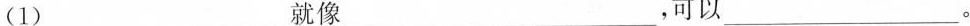
(1)___就像___，可以___。